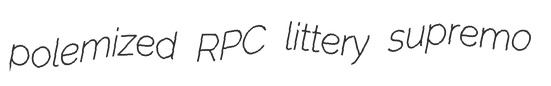
polemized RPC littery supremo